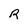
Character: R